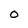
Character: O